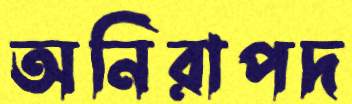
অনিরাপদ